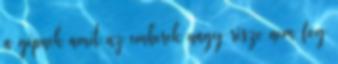
a gépnek amit az emberek nagy része nem fog